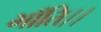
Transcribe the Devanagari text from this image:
भाँति।।